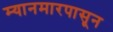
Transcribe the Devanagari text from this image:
म्यानमारपासून